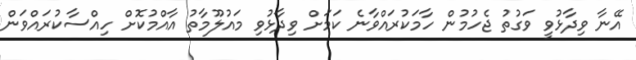
އޭނާ ވިދާޅުވީ ވަގުތު ޖެހުމުން ހާމަކުރައްވާނެ ކަމަށް ވިދާޅުވި މައުލޫމާތު އާއްމުކޮށް ހިއްސާކުރައްވަން